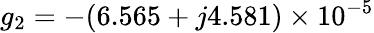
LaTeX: g_{2}=-(6.565+j4.581)\times 10^{-5}